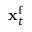
{ \bf x } _ { t } ^ { \mathrm { f } }